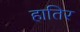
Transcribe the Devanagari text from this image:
हातिर